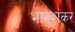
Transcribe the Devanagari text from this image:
भानुशंकर